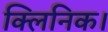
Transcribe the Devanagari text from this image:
क्लिनिक।